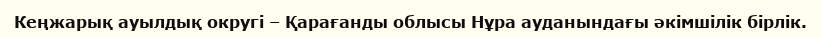
Кеңжарық ауылдық округі – Қарағанды облысы Нұра ауданындағы әкімшілік бірлік.